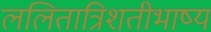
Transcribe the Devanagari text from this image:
ललितात्रिशतीभाष्य